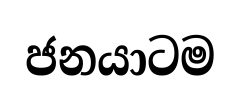
ජනයාටම